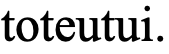
toteutui.